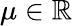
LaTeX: \mu\in\mathbb{R}